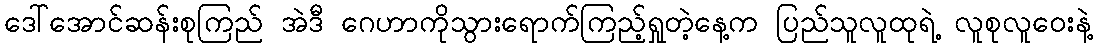
ဒေါ်အောင်ဆန်းစုကြည် အဲဒီ ဂေဟာကိုသွားရောက်ကြည့်ရှုတဲ့နေ့က ပြည်သူလူထုရဲ့ လူစုလူဝေးနဲ့